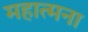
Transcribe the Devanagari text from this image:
महात्मना